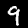
Label: 9